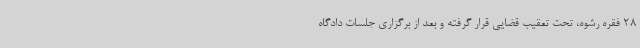
28 فقره رشوه، تحت تعقیب قضایی قرار گرفته و بعد از برگزاری جلسات دادگاه